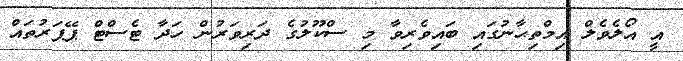
އީ އޯލެވެލް އިމްތިޙާނުގައި ބައިވެރިވާ މި ސްކޫލުގެ ދަރިވަރުން ހަދާ ޓެސްޓް ޕޭޕަރުތައް